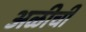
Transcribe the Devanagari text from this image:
अळीची